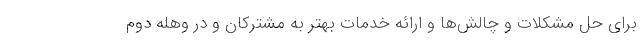
برای حل مشکلات و چالش‌ها و ارائه خدمات بهتر به مشترکان و در وهله دوم